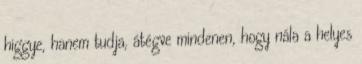
higgye, hanem tudja, átégve mindenen, hogy nála a helyes